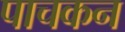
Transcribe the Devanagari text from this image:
पाचकन